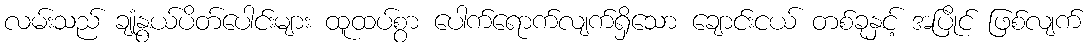
လမ်းသည် ချုံနွယ်ပိတ်ပေါင်းများ ထူထပ်စွာ ပေါက်ရောက်လျက်ရှိသော ချောင်းငယ် တစ်ခုနှင့် အပြိုင် ဖြစ်လျက်